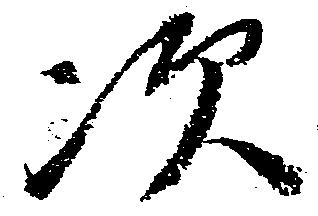
次